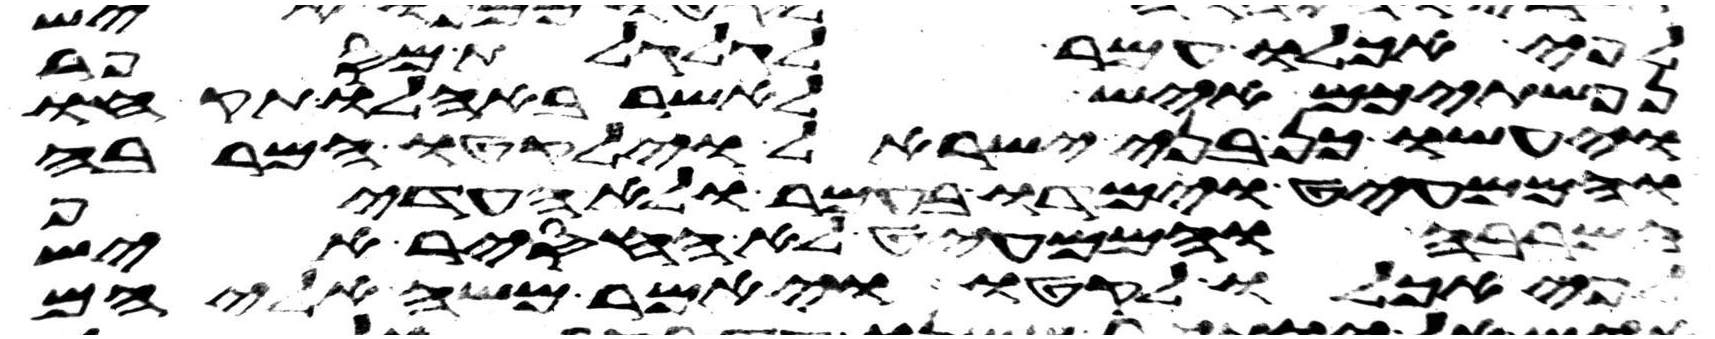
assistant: לפי אכלו עמר לגלגלת מספר
נפשתיכם איש לאשר באהלו תקחו
ויעשו כן בני ישראל וילקטו המרבה
והממעיט וימדו בעמר ולא העדיף
המרבה והממעיט לא החסיר איש
לפי אכלו לקטו ויאמר משה אליהם